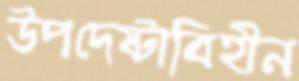
উপদেষ্টাবিহীন